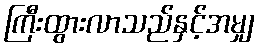
ကြီးထွားလာသည်နှင့်အမျှ